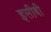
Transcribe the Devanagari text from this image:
इसीबी